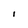
Character: I